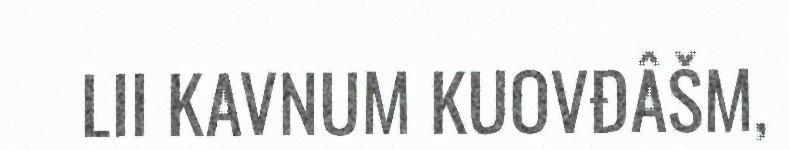
LII KAVNUM KUOVĐÂŠM,